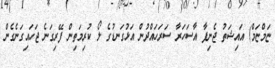
ޏަމްޏަމް) އައިޝަތު ޖެނިފާ އާސަހަރާ ސަރަހައްދުން އަޅުގަނޑުގެ ލޯ ކުރިމަތިން ފޭރިގަނެ ޖަހައިގަނެގެން